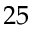
2 5